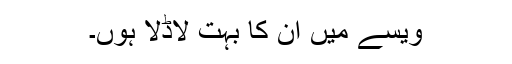
ویسے میں ان کا بہت لاڈلا ہوں۔